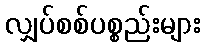
လျှပ်စစ်ပစ္စည်းများ